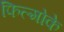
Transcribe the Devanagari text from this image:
फिल्मोके